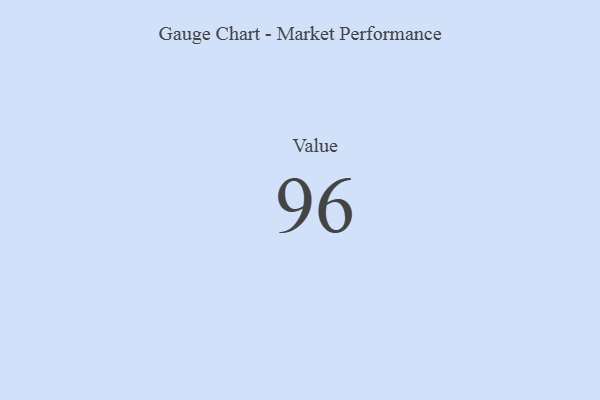
{"axis": {"x": "Metric", "y": "Value"}, "legend": [""], "data": [{"x": "Value", "y": 96, "type": ""}]}